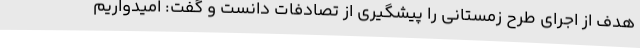
هدف از اجرای طرح زمستانی را پیشگیری از تصادفات دانست و گفت: امیدواریم